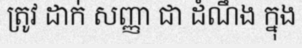
ត្រូវ ដាក់ សញ្ញា ជា ដំណឹង ក្នុង